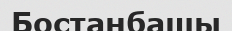
Бостанбашы